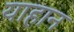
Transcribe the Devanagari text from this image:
याहान